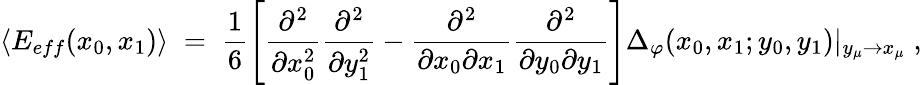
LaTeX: \langle E_{eff}(x_{0},x_{1})\rangle\; =\; \frac{1}{6}\left[\frac{\partial^{2}}{\partial x_{0}^{2}}\frac{\partial^{2}}{\partial y_{1}^{2}}-\frac{\partial^{2}}{\partial x_{0}\partial x_{1}}\frac{\partial^{2}}{\partial y_{0}\partial y_{1}}\right]\Delta_{\varphi}(x_{0},x_{1};y_{0},y_{1})|_{y_{\mu}\to x_{\mu}}\; ,